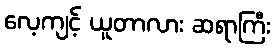
လေ့ကျင့် ယူတာလား ဆရာကြီး